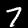
Label: 7